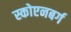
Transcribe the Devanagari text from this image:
स्कोएनबर्ग